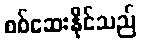
စစ်ဆေးနိုင်သည်